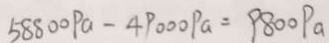
5 8 8 0 0 P a - 4 9 0 0 0 P a = 9 8 0 0 P a